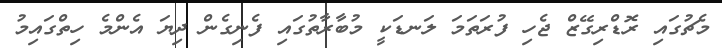
މެޗުގައި ރޮޑްރިގޭޒް ޖެހި ފުރަތަމަ ލަނޑަކީ މުބާރާތުގައި ފެނިގެން ދިޔަ އެންމެ ހިތްގައިމު